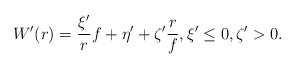
\begin{align*} W'(r) = \frac{\xi'}{r}f + \eta' + \zeta'\frac{r}{f}, \xi' \le 0, \zeta'>0.\end{align*}